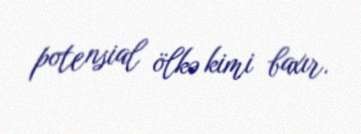
potensial ölkə kimi baxır.